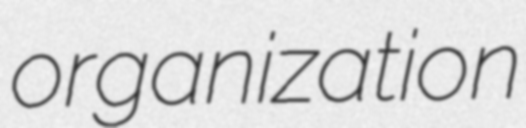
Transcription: organization